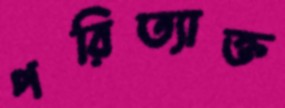
পরিত্যাক্ত